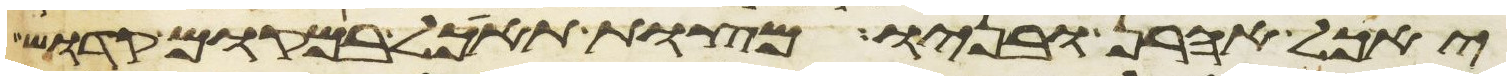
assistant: יאכל אהרן ובניו מצות תאכל במקום קדוש